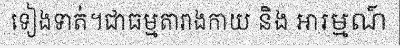
ទៀងទាត់។ជាធម្មតារាងកាយ និង អារម្មណ៍